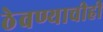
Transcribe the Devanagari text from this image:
ठेवण्याचीही